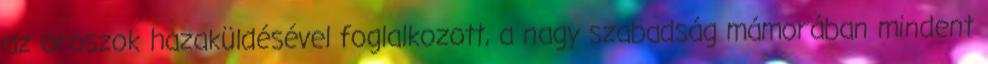
az oroszok hazaküldésével foglalkozott, a nagy szabadság mámorában mindent